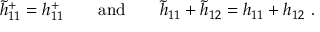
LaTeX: \tilde { h } _ { 1 1 } ^ { + } = h _ { 1 1 } ^ { + } \qquad \mathrm { a n d } \qquad \tilde { h } _ { 1 1 } + \tilde { h } _ { 1 2 } = h _ { 1 1 } + h _ { 1 2 } ~ .